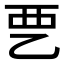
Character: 𰀽